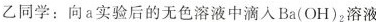
乙同学：向a实验后的无色溶液中滴入Ba(OH)_{2}溶液